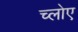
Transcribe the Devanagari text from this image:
च्लोए